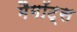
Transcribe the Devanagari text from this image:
मैगॉट्स